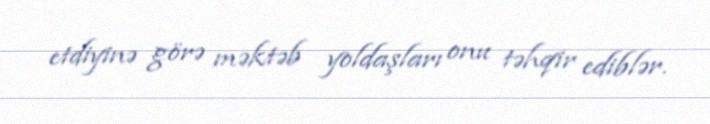
etdiyinə görə məktəb yoldaşları onu təhqir ediblər.